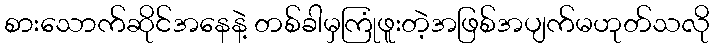
စားသောက်ဆိုင်အနေနဲ့ တစ်ခါမှကြုံဖူးတဲ့အဖြစ်အပျက်မဟုတ်သလို